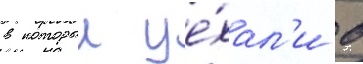
в которыи уе́хал'и в